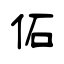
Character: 佦